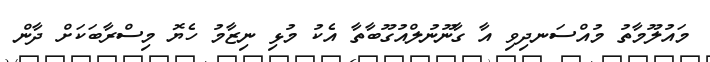
މައުލޫމާތު މުއްސަނދިވި އާ ގާނޫނުލްއުގޫބާތާ އެކު މުޅި ނިޒާމު ހެޔޮ މިސްރާބަކަށް ދާން